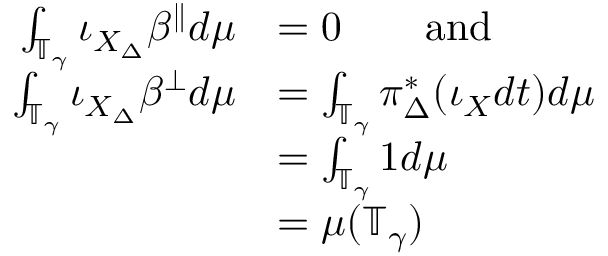
\begin{array} { r l } { \int _ { \mathbb { T } _ { \gamma } } \iota _ { X _ { \Delta } } \beta ^ { \parallel } d \mu } & { = 0 \qquad \mathrm { a n d } } \\ { \int _ { \mathbb { T } _ { \gamma } } \iota _ { X _ { \Delta } } \beta ^ { \perp } d \mu } & { = \int _ { \mathbb { T } _ { \gamma } } \pi _ { \Delta } ^ { * } ( \iota _ { X } d t ) d \mu } \\ & { = \int _ { \mathbb { T } _ { \gamma } } 1 d \mu } \\ & { = \mu ( \mathbb { T } _ { \gamma } ) } \end{array}